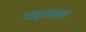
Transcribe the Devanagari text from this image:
पाठ्शाळा